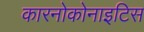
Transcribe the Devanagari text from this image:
कारनोकोनाइटिस